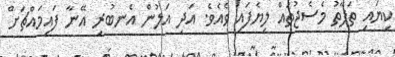
ކިޔައި ތަފާތު މެސެޖުތައް ލިޔެފައި ވެއެވެ. އަދި އަލުން އެނބުރި އޭނާ ފައިމައްޗަށް